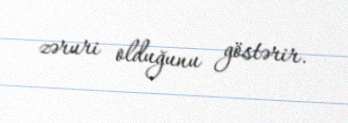
zəruri olduğunu göstərir.